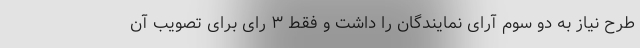
طرح نیاز به دو سوم آرای نمایندگان را داشت و فقط ۳ رای برای تصویب آن